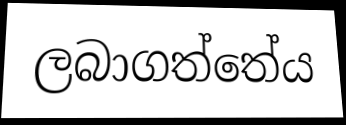
ලබාගත්තේය